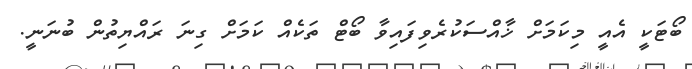
ބޯޓަކީ އެއީ މިކަމަށް ޚާއްސަކުރެވިފައިވާ ބޯޓް ތަކެއް ކަމަށް ގިނަ ރައްޔިތުން ބުނަނީ.